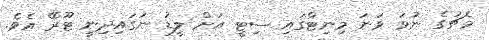
މެޗުގެ ނުވަ ވަނަ މިނިޓްގައި ސިޓީ އަށް ލީޑު ނަގައިދިނީ ޓޫރޭ އެވެ.